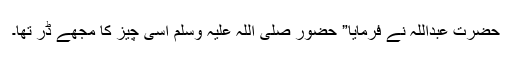
حضرت عبداللہؓ نے فرمایا” حضور صلی اللہ علیہ وسلم اسی چیز کا مجھے ڈر تھا۔